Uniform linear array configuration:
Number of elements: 8
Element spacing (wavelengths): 0.5
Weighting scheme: binomial
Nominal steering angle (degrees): -30
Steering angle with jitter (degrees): -28.324
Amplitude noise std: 0.05
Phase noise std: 0.05

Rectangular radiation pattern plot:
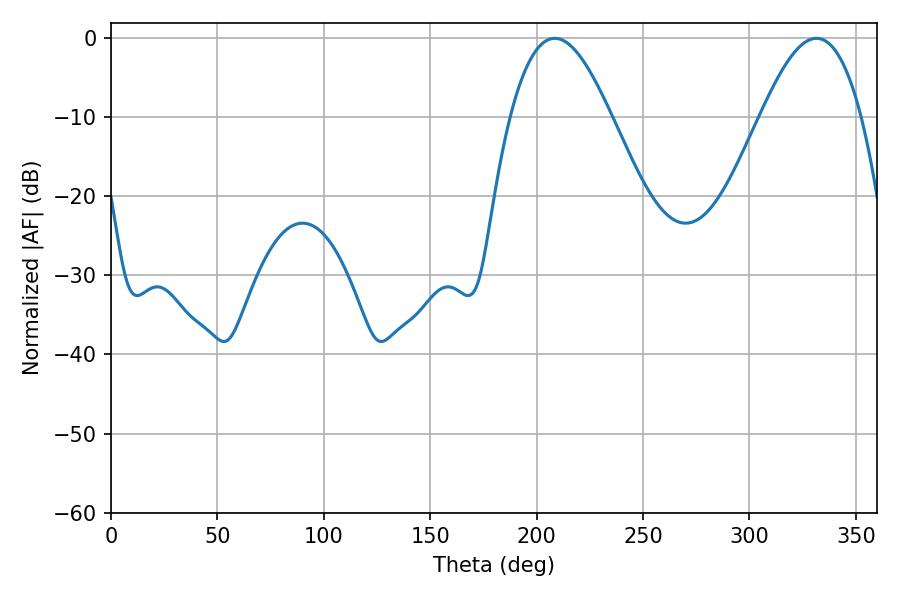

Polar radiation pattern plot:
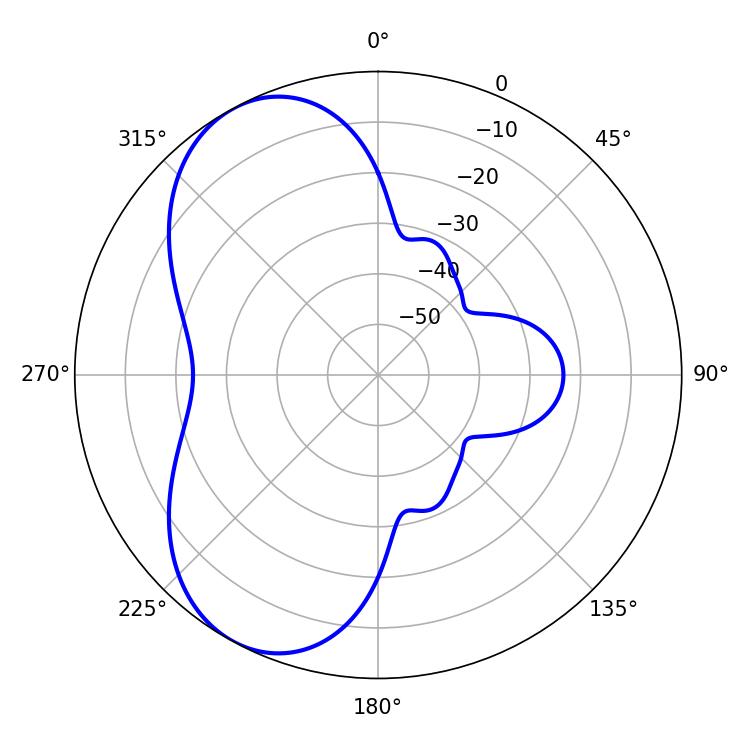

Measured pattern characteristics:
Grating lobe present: FALSE
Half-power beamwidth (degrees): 25.56
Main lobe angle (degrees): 208.44